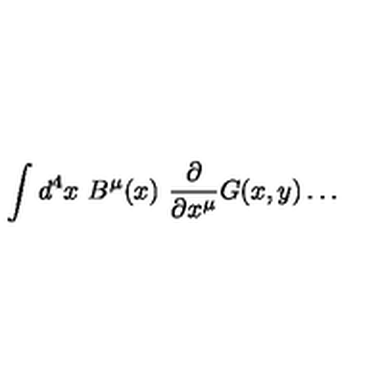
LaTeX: \int d ^ { 4 } x \ B ^ { \mu } ( x ) \ { \frac { \partial } { \partial x ^ { \mu } } } G ( x , y ) \dots